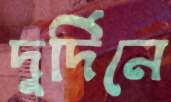
দুর্দিনে